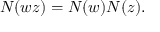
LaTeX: N ( w z ) = N ( w ) N ( z ) .